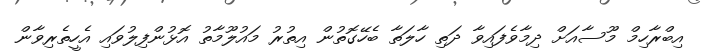
އިބްރާހިމް މޫސާއަށް ދިމާވެފައިވާ ދަތި ހާލަތާ ބެހޭގޮތުން އިތުރު މައުލޫމާތު އޮޅުންފިލުވައި އެހީތެރިވާން